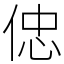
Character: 𠊞